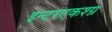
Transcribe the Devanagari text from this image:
इन्टरएकश्ग्न